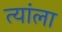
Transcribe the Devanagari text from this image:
त्यांला